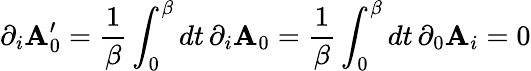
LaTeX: \partial_{i}\mathbf{A}_{0}^{\prime}={\frac{{1}}{{\beta}}}\int_{0}^{\beta}dt\, \partial_{i}\mathbf{A}_{0}={\frac{{1}}{{\beta}}}\int_{0}^{\beta}dt\, \partial_{0}\mathbf{A}_{i}=0